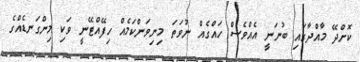
ކޮށްދޭ މާއްދާގައި ބުނަނީ އެއްވެސް ހައްގެއް ނުވަތަ މިނިވަންކަމެއް ހިފޭއްޓޭނީ ވަކި މިންގަނޑެއްގެ